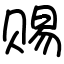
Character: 赐